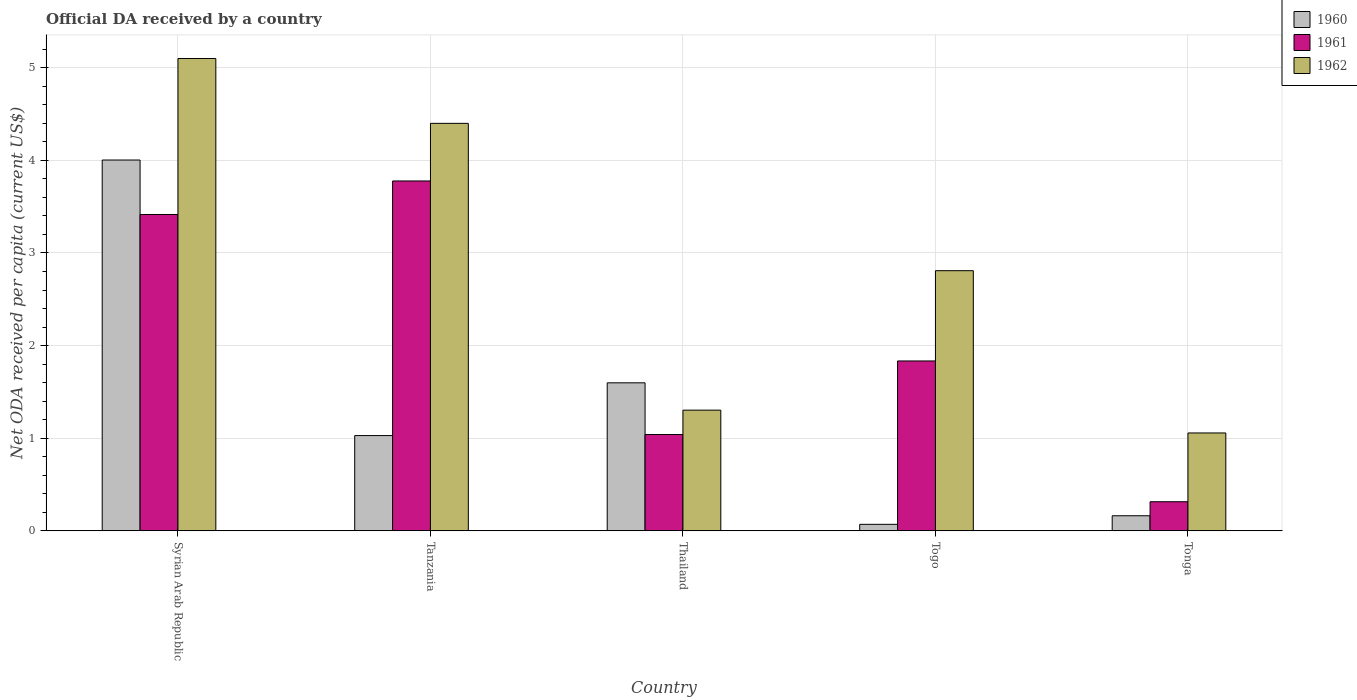
| Country | 1960 | 1961 | 1962 |
 | --- | --- | --- | --- |
 | Syrian Arab Republic | 4 | 3.42 | 5.1 |
 | Tanzania | 1.03 | 3.78 | 4.4 |
 | Thailand | 1.6 | 1.04 | 1.3 |
 | Togo | 0.0696 | 1.83 | 2.81 |
 | Tonga | 0.162 | 0.314 | 1.06 |